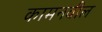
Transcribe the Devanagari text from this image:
कामनवील